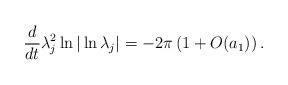
LaTeX: \begin{align*}\frac{d}{dt}\lambda_{j}^{2}\ln |\ln\lambda_{j}|=-2\pi\left(1+O(a_{1})\right).\end{align*}